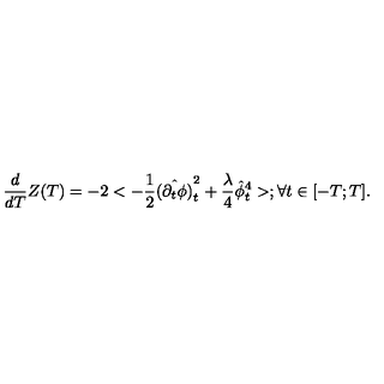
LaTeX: { \frac { d } { d T } } Z ( T ) = - 2 < - { \frac { 1 } { 2 } } \hat { ( \partial _ { t } \phi ) } _ { t } ^ { 2 } + { \frac { \lambda } { 4 } } \hat { \phi } _ { t } ^ { 4 } > ; \forall t \in [ - T ; T ] .